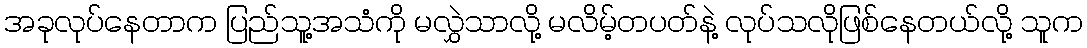
အခုလုပ်နေတာက ပြည်သူ့အသံကို မလွှဲသာလို့ မလိမ့်တပတ်နဲ့ လုပ်သလိုဖြစ်နေတယ်လို့ သူက